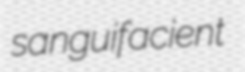
sanguifacient